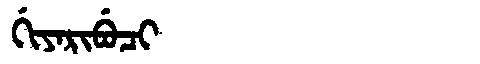
Manchu: ᡤᡳᠶᠠᡵᡳᠪᡠᠴᡳ
Romanization: GIYARIBUCI